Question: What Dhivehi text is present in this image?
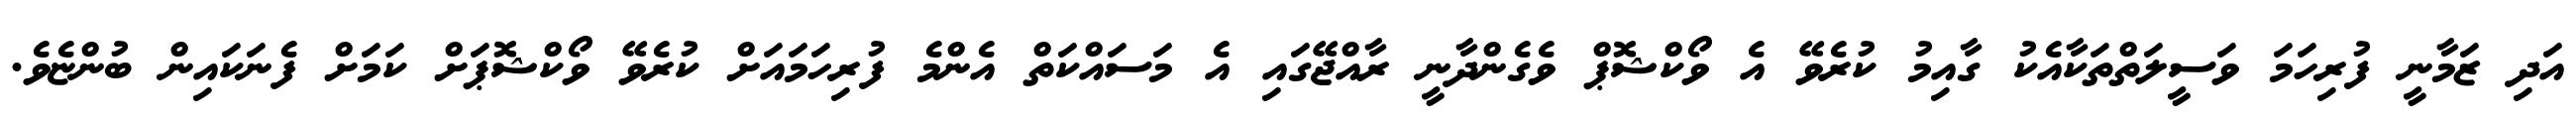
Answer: އަދި ޒަމާނީ ފުރިހަމަ ވަސީލަތްތަކާއެކު ގާއިމު ކުރެވޭ އެ ވޯކްޝޮޕް ވެގެންދާނީ ރާއްޖޭގައި އެ މަސައްކަތް އެންމެ ފުރިހަމައަށް ކުރެވޭ ވޯކްޝޮޕަށް ކަމަށް ފެނަކައިން ބުންޏެވެ.